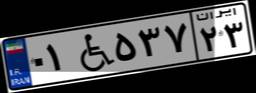
۰۱W۵۳۷۲۳